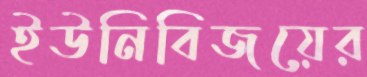
ইউনিবিজয়ের